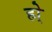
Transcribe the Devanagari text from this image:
हो्